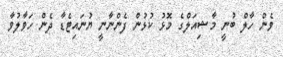
ވެން ހާލް ބުނީ މާޝިއަލްގެ މޮޅު ކުޅުން ފެންނާނީ ޔުނައިޓެޑާ ދެން ހަވާލުވާ